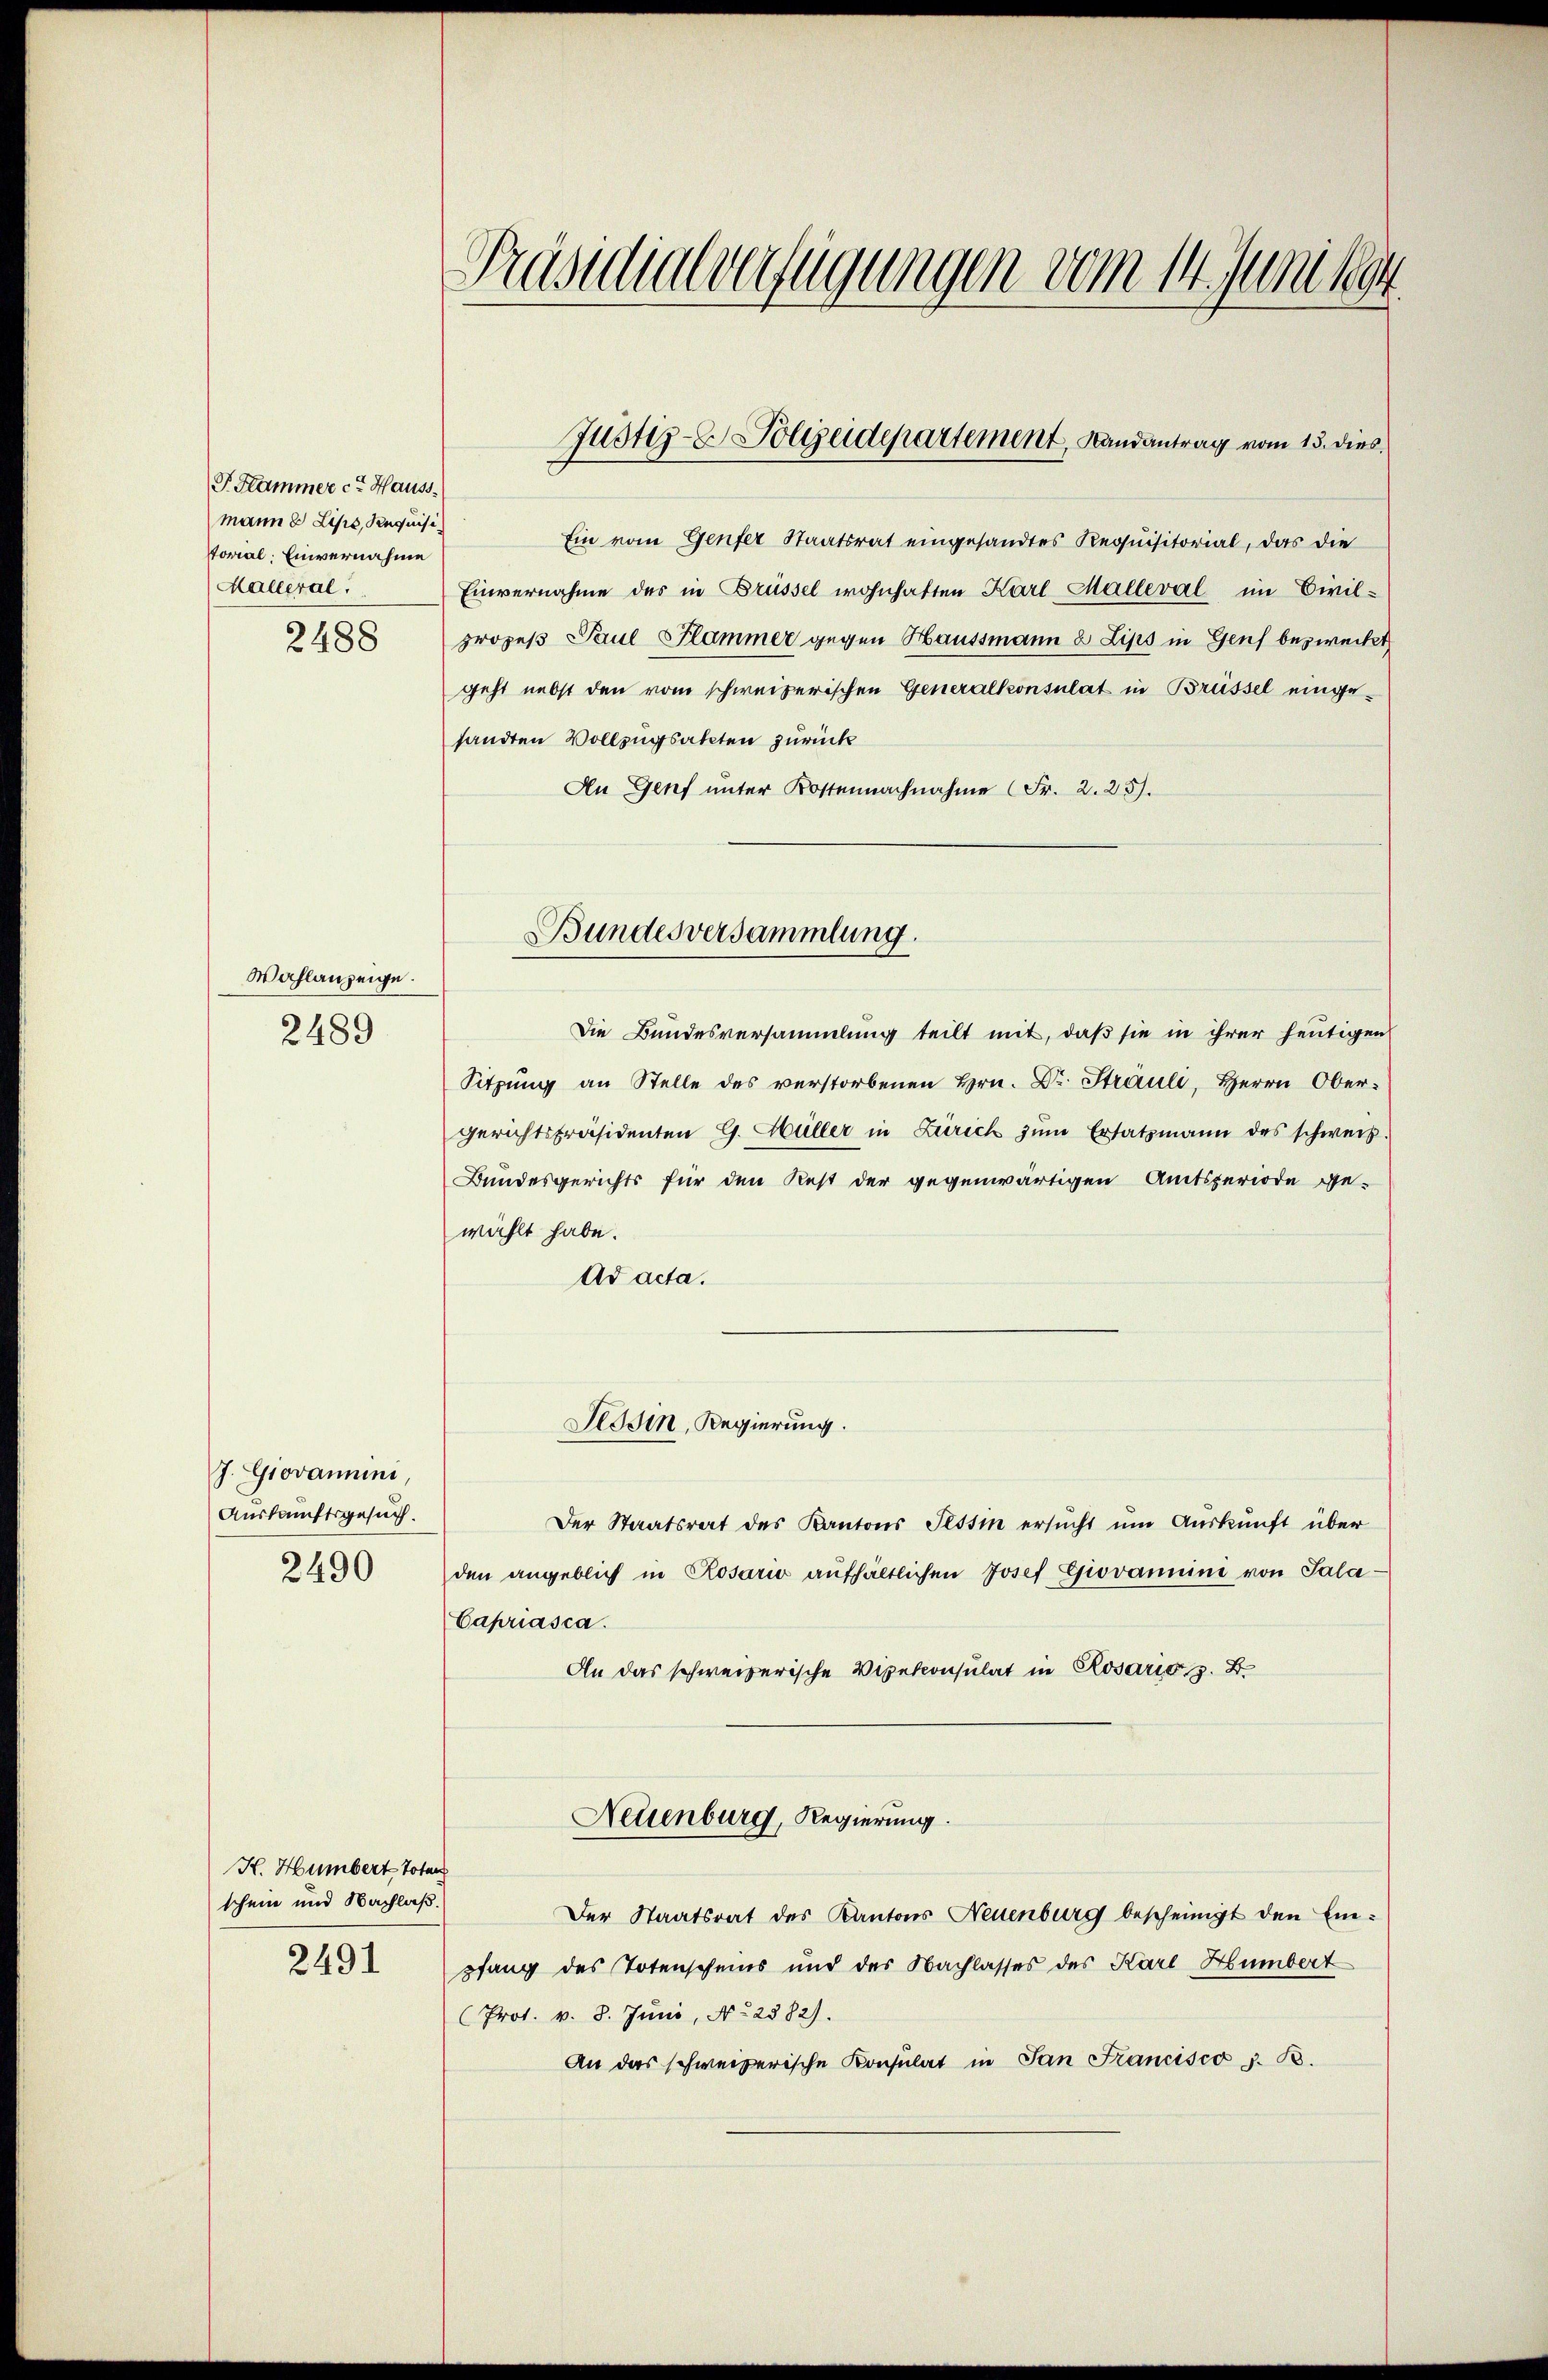
F. Hammer cit. Hauss
mann u Lips, Requisi
torial, Einvernahme
Halleral.

2488

Wahlanzeige.
2489

J. Giovanni,
Auskunftsgesuch.
2490

K. Humbert Toten
schein und Nachlaß.
2491

Präsidialverfügungen vom 14. Juni 1894

Ein vom Genfer Staatsrat eingesandtes Requisitorial, das die
Einvernahme des in Brüssel wohnhaften Karl Malleval im Civil-
prozeß Paul Flammer gegen Haussmann & Lips in Genf bezweckt
geht nebst den vom schweizerischen Generalkonsulat in Brüssel eingesandten Vollzugsakten zurück
An Genf unter Kostennachnahme (Fr. 2. 25).
Die Bundesversammlung teilt mit, daß sie in ihrer heutigen
Sitzung an Stelle des verstorbenen Hrn. Dr. Straul, Herrn Obergerichtspräsidenten G. Hüller in Zürich zum Ersatzmann des schweiz
Bundesgerichts für den Rest der gegenwärtigen Amtsperiode ge-
wählt habe.
Ad acta.
Lesen, Regierung.
Der Staatsrat des Kantons Tessin ersucht um Auskunft über
den angeblich in Rosario aufhältlichen Josef Giovannin von Sala¬
Capriasca.
An das schweizerische Vizekonsulat in Rosario z. B.
Neuenburg, Regierung.
Der Staatsrat des Kantons Neuenburg bescheinigt den Einpfang des Totenscheins und des Nachlasses des Karl Humbert
(Prot. v. 8. Juni, No. 2882).
An das schweizerische Konsulat in San Francisco z. B.

Justiz- & Polizeidepartement, Landantrag vom 15. dies

Bundesversammlung.